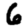
Digit: 6